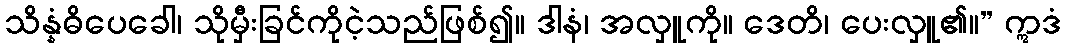
သိန္နံဓိပေခေါ၊ သိုမှီးခြင်ကိုငဲ့သည်ဖြစ်၍။ ဒါနံ၊ အလှူကို။ ဒေတိ၊ ပေးလှူ၏။” ဣဒံ